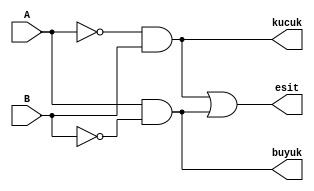
module Compare_1bit(input A,B,output esit , buyuk , kucuk);
		function isBig;
		  input A,B;
		  begin
			  isBig = (A &~B);
		  end
		 
		endfunction
		
		function isSmall;
		  input A,B;
		  begin
			  isSmall = (~A & B);
		  end
		 
		endfunction
		
		function isEqual;
		  input A,B;
		  begin
			  isEqual = (~A & B) | (A & ~B);
		  end
		 
		endfunction
		
		assign esit  = isEqual(A,B);
		assign kucuk = isSmall(A,B);
		assign buyuk = isBig(A,B);
		
endmodule